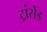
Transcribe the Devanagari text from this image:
ट्रांसेंड